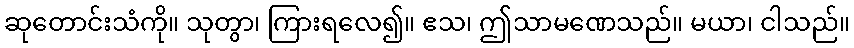
ဆုတောင်းသံကို။ သုတွာ၊ ကြားရလေ၍။ ဧသ၊ ဤသာမဏေသည်။ မယာ၊ ငါသည်။